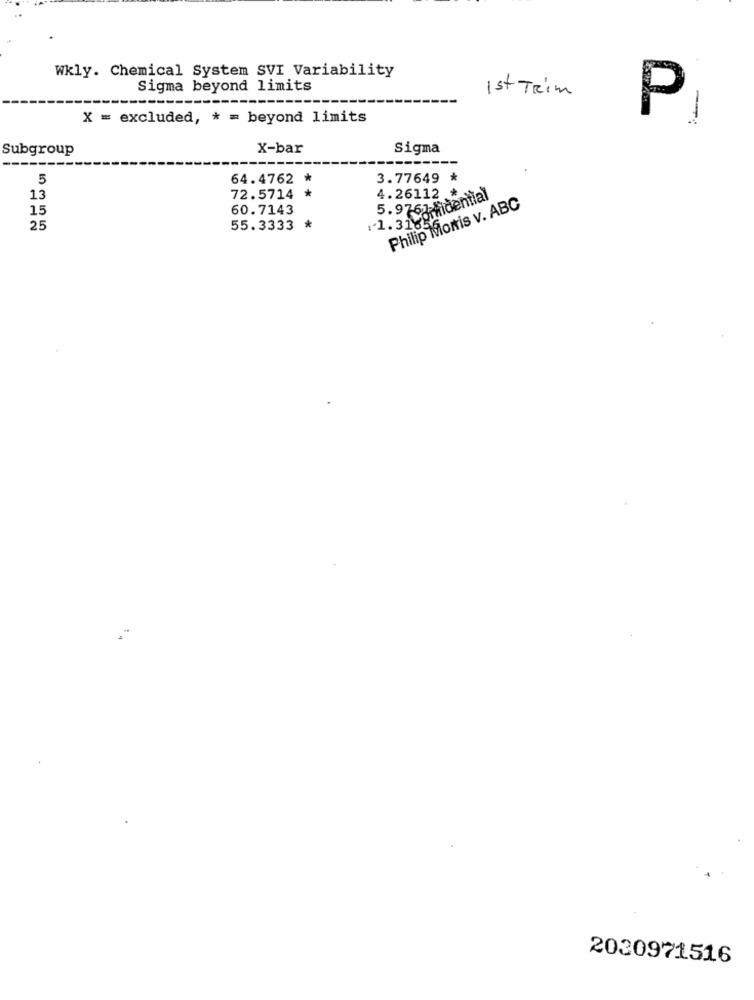
Wkly. Chemical System SVI Variability
Sigma beyond limits
1st TRIM
X = excluded, * = beyond limits
Pi
Subgroup
X-bar
Sigma
5
64.4762 *
3.77649 *
13
72.5714 *
4.26112
15
60.7143
Philip Morris v. ABC
:1.31.Pm
25
55.3333 *
2030971516